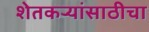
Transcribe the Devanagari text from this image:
शेतकर्‍यांसाठीचा